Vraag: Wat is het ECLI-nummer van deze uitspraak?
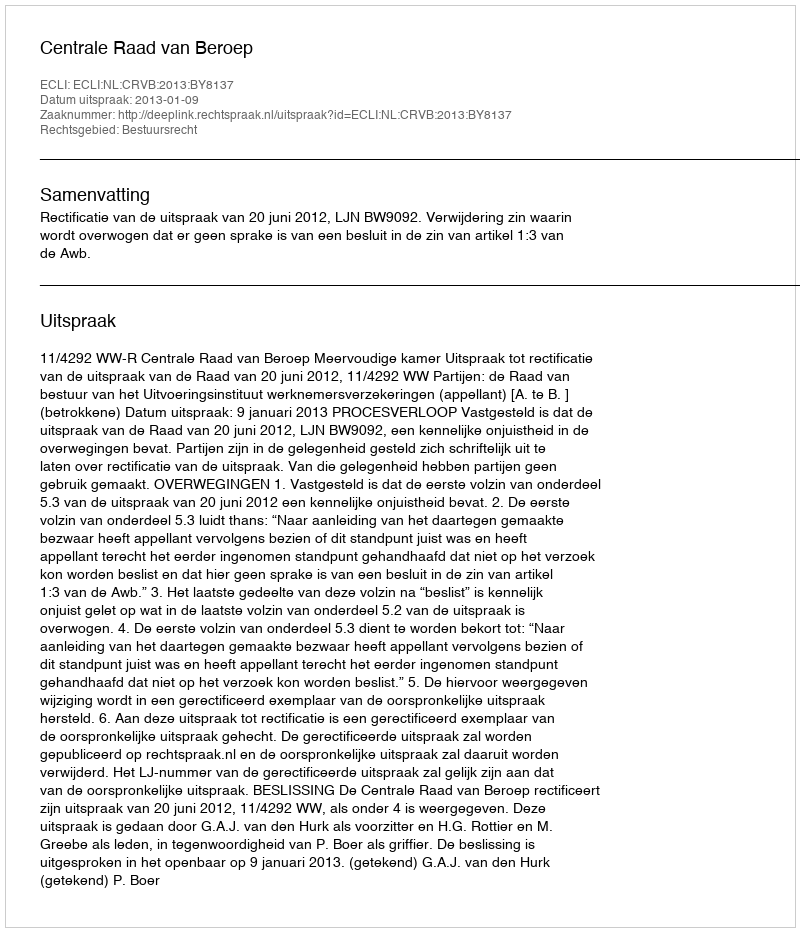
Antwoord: ECLI:NL:CRVB:2013:BY8137